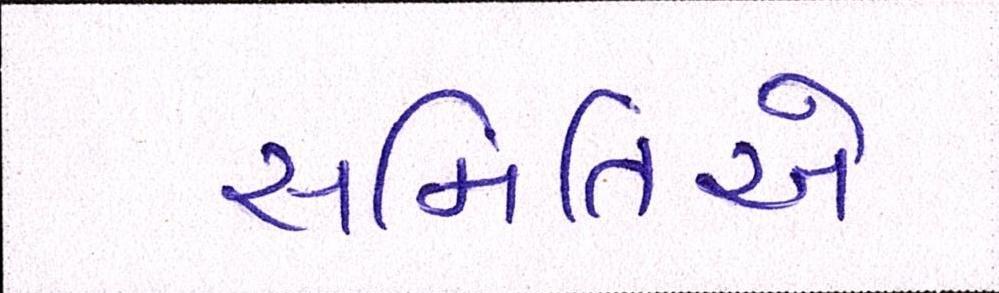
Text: સમિતિએ